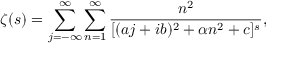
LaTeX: \zeta ( s ) = \sum _ { j = - \infty } ^ { \infty } \sum _ { n = 1 } ^ { \infty } { \frac { n ^ { 2 } } { [ ( a j + i b ) ^ { 2 } + \alpha n ^ { 2 } + c ] ^ { s } } } ,